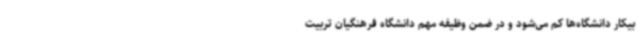
بیکار دانشگاه‌ها کم می‌شود و در ضمن وظیفه مهم دانشگاه فرهنگیان تربیت